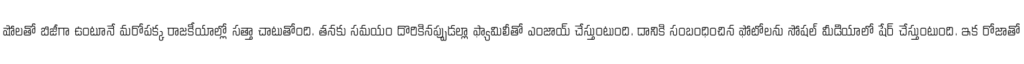
షోలతో బిజీగా ఉంటూనే మరోపక్క రాజకీయాల్లో సత్తా చాటుతోంది. తనకు సమయం దొరికినప్పుడల్లా ఫ్యామిలీతో ఎంజాయ్ చేస్తుంటుంది. దానికి సంబంధించిన ఫోటోలను సోషల్ మీడియాలో షేర్ చేస్తుంటుంది. ఇక రోజాతో